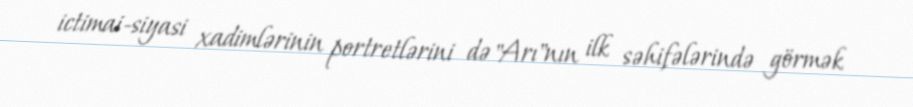
ictimai-siyasi xadimlərinin portretlərini də "Arı"nın ilk səhifələrində görmək